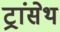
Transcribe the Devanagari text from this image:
ट्रांसेथ